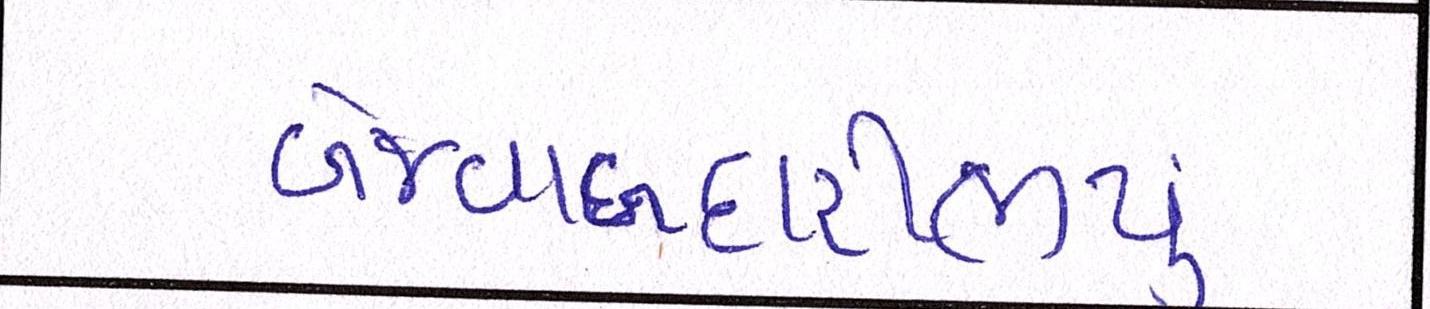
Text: બેજવાબદારીભર્યું